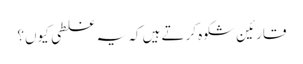
قارئین شکوہ کرتے ہیں کہ یہ غلطی کیوں؟